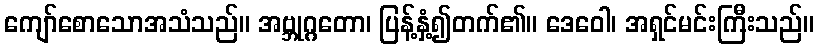
ကျော်စောသောအသံသည်။ အဗ္ဘုဂ္ဂတော၊ ပြန့်နှံ့၍တက်၏။ ဒေဝေါ၊ အရှင်မင်းကြီးသည်။